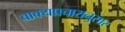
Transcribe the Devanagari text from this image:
वाक्यप्रचारानुसार